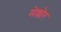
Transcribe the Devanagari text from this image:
मेल्लोर